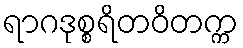
ရာဂဒုစ္စရိတဝိတက္က